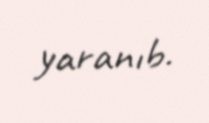
yaranıb.